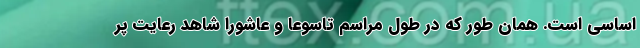
اساسی است. همان طور که در طول مراسم تاسوعا و عاشورا شاهد رعایت پر